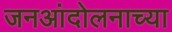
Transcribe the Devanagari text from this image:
जनआंदोलनाच्या